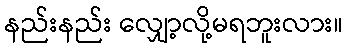
နည်းနည်း လျှော့လို့မရဘူးလား။